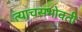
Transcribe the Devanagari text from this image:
त्याचसभोवती